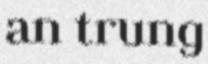
an trung